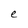
Character: e